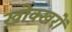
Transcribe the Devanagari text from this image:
खोक्खरों